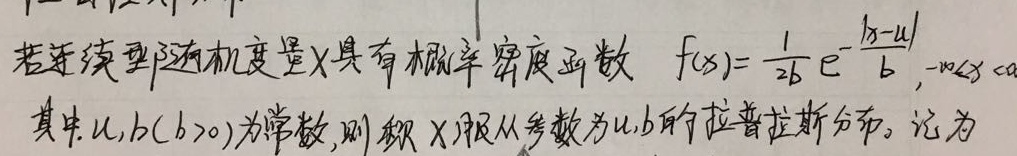
若连续型随机变量\(X\)具有概率密度函数 \(f(x)=\frac{1}{2b}e^{-\frac{|x - \mu|}{b}},-\infty<x <\infty\)
其中\(\mu,b(b > 0)\)为常数,则称\(X\)服从参数为\(\mu,b\)的拉普拉斯分布。记为